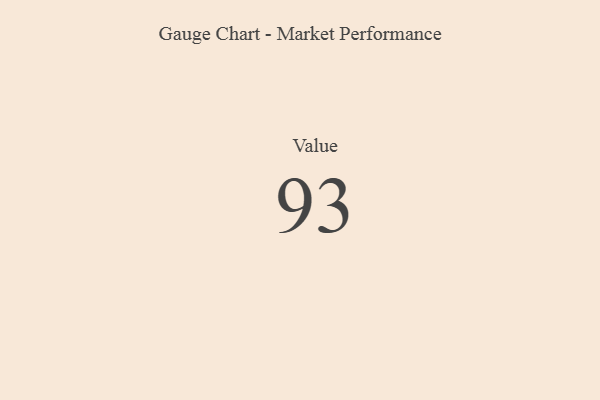
{"axis": {"x": "Metric", "y": "Value"}, "legend": [""], "data": [{"x": "Value", "y": 93, "type": ""}]}